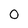
Character: 0